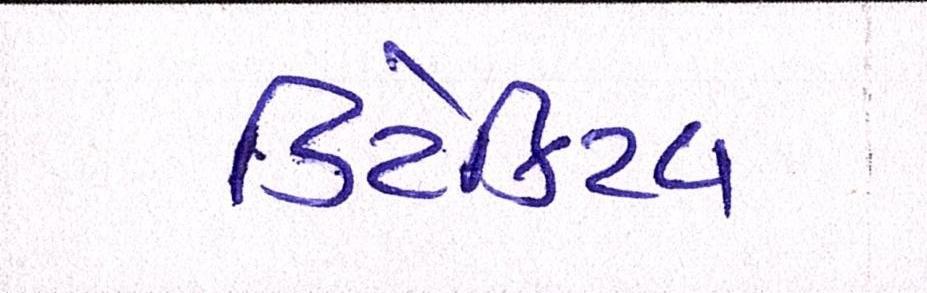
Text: ડિટેક્ટિવ